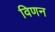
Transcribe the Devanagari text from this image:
विणन